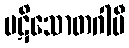
ပဋိသောတဂါမီ